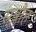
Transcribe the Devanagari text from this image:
स्र्ब्लोह